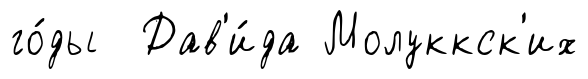
го́ды Дав'и́да Молуккск'их